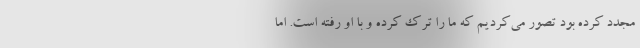
مجدد کرده بود تصور می‌کردیم که ما را ترک کرده و با او رفته است. اما